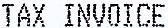
TAX INVOICE